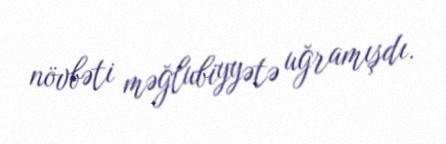
növbəti məğlubiyyətə uğramışdı.